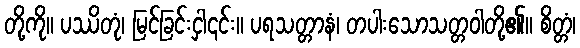
တို့ကို။ ပဿိတုံ၊ မြင်ခြင်းငှါ၎င်း။ ပရသတ္တာနံ၊ တပါးသောသတ္တဝါတို့၏။ စိတ္တံ၊